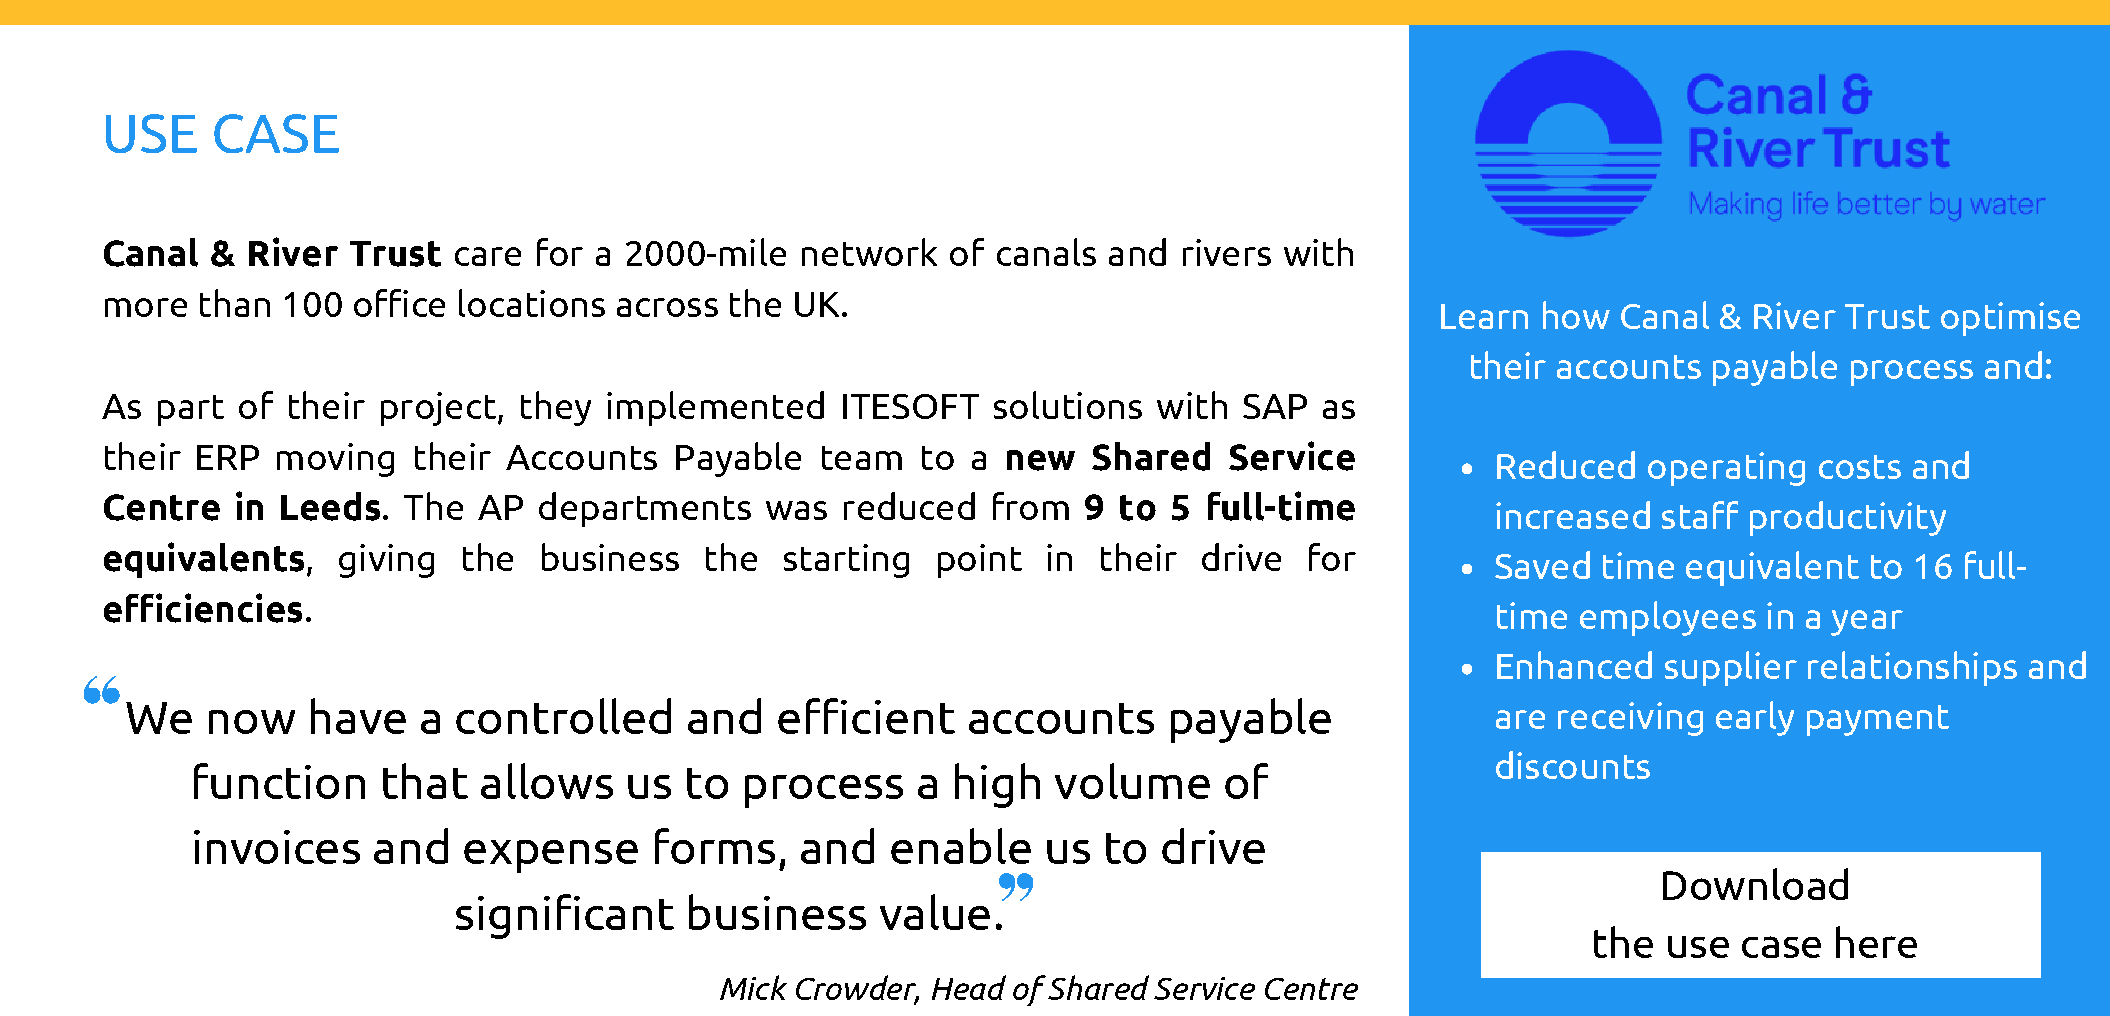
USE    CASE
 Canal  & River  Trust  care for a 2000-mile   network   of canals and  rivers with
 more  than  100 office locations  across the UK.
 Learn  how  Canal  & River Trust optimise
 their accounts  payable  process  and:
 As part  of their project, they  implemented     ITESOFT   solutions  with SAP  as
 their ERP  moving   their Accounts    Payable  team   to a new   Shared   Service
 Reduced   operating  costs and
 Centre  in Leeds.   The  AP  departments    was  reduced   from  9 to 5  full-time
 increased  staff productivity
 equivalents,   giving  the   business   the  starting  point  in  their drive  for
 Saved  time equivalent   to 16 full-
 efficiencies.
 time employees    in a year
 Enhanced   supplier relationships  and
 We    now   have    a controlled     and   efficient    accounts     payable               are receiving early payment
 discounts
 function    that   allows   us  to  process     a high   volume     of
 invoices    and   expense     forms,    and   enable    us  to  drive
 Download
 significant    business     value.
 the  use  case  here
 Mick Crowder, Head of Shared Service Centre